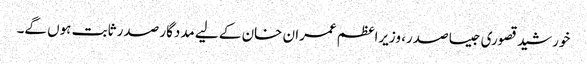
خورشید قصوری جیسا صدر، وزیراعظم عمران خان کے لیے مددگار صدر ثابت ہوں گے۔